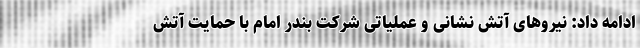
ادامه داد: نیروهای آتش نشانی و عملیاتی شرکت بندر امام با حمایت آتش